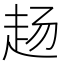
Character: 𬦅